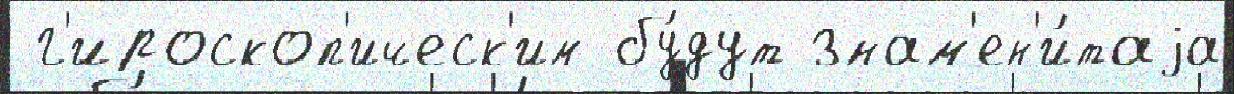
 г'ироскоп'ическ'им бу́дут знам'ен'и́таjа